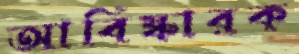
আবিষ্কারক